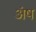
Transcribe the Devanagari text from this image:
अंष